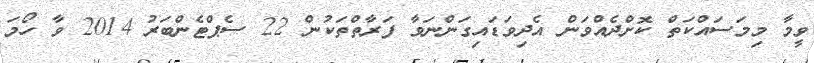
ވީމާ މިމަސައްކަތް ކޮށްދެއްވަން އެދިވަޑައިގަންނަވާ ފަރާތްތަކުން 22 ސެޕްޓެންބަރު 2014 ވާ ހޯމަ